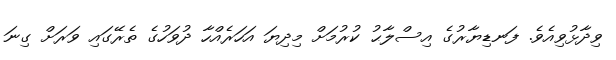
ވިދާޅުވިއެވެ. ފަނޑިޔާރުގެ އިސްލާޙު ކުރުމަށް މިދިޔަ އަހަރެއްހާ ދުވަހުގެ ތެރޭގައި ވަރަށް ގިނަ